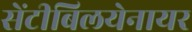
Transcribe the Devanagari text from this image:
सेंटीबिलयेनायर